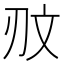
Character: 𰄥